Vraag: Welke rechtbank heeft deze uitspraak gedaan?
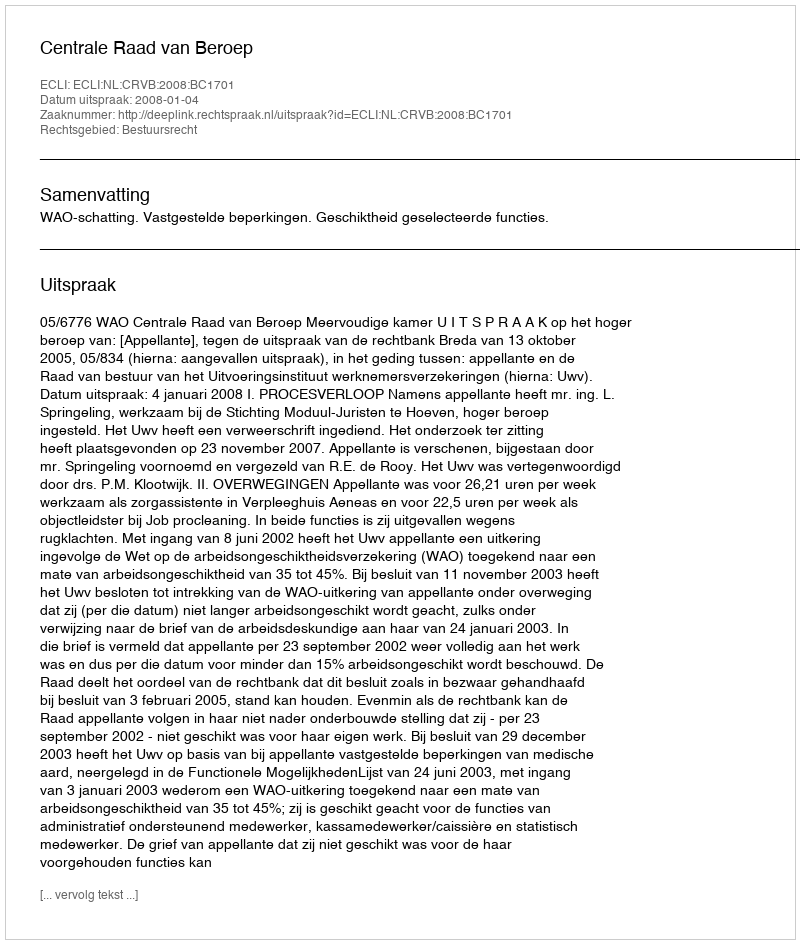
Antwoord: Centrale Raad van Beroep